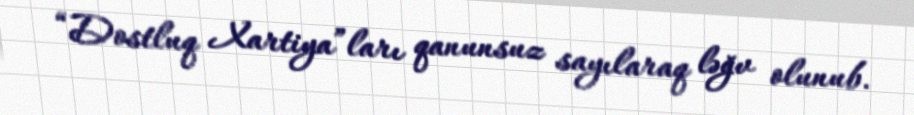
“Dostluq Xartiya”ları qanunsuz sayılaraq ləğv olunub.